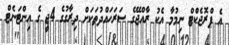
އެ ޕްރޮޖެކްޓް ނިމުމާ އެކު ރާއްޖޭގެ ސަރަހައްދުތަކަށް ދިރާގުގެ 4ޖީ ގެ އިންޓަނެޓް